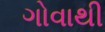
ગોવાથી